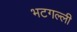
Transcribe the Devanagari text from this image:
भटगल्ली